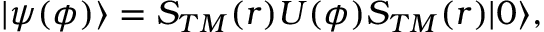
| \psi ( \phi ) \rangle = S _ { T M } ( r ) U ( \phi ) S _ { T M } ( r ) | 0 \rangle ,